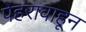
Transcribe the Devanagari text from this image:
पेहरावाहून